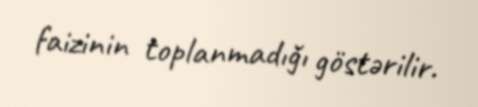
faizinin toplanmadığı göstərilir.